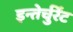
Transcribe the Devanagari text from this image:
इन्तेर्चुर्रेंट